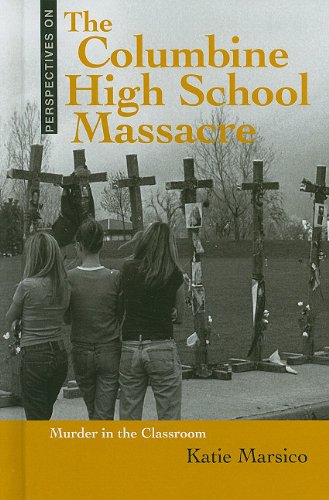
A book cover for The Columbine High School Massacre: Murder in the Classroom (Perspectives on); Katie Marsico; Teen & Young Adult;